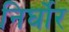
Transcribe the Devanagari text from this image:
निर्घोर